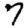
Digit: 7